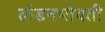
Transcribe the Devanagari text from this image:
लंडनभोवती